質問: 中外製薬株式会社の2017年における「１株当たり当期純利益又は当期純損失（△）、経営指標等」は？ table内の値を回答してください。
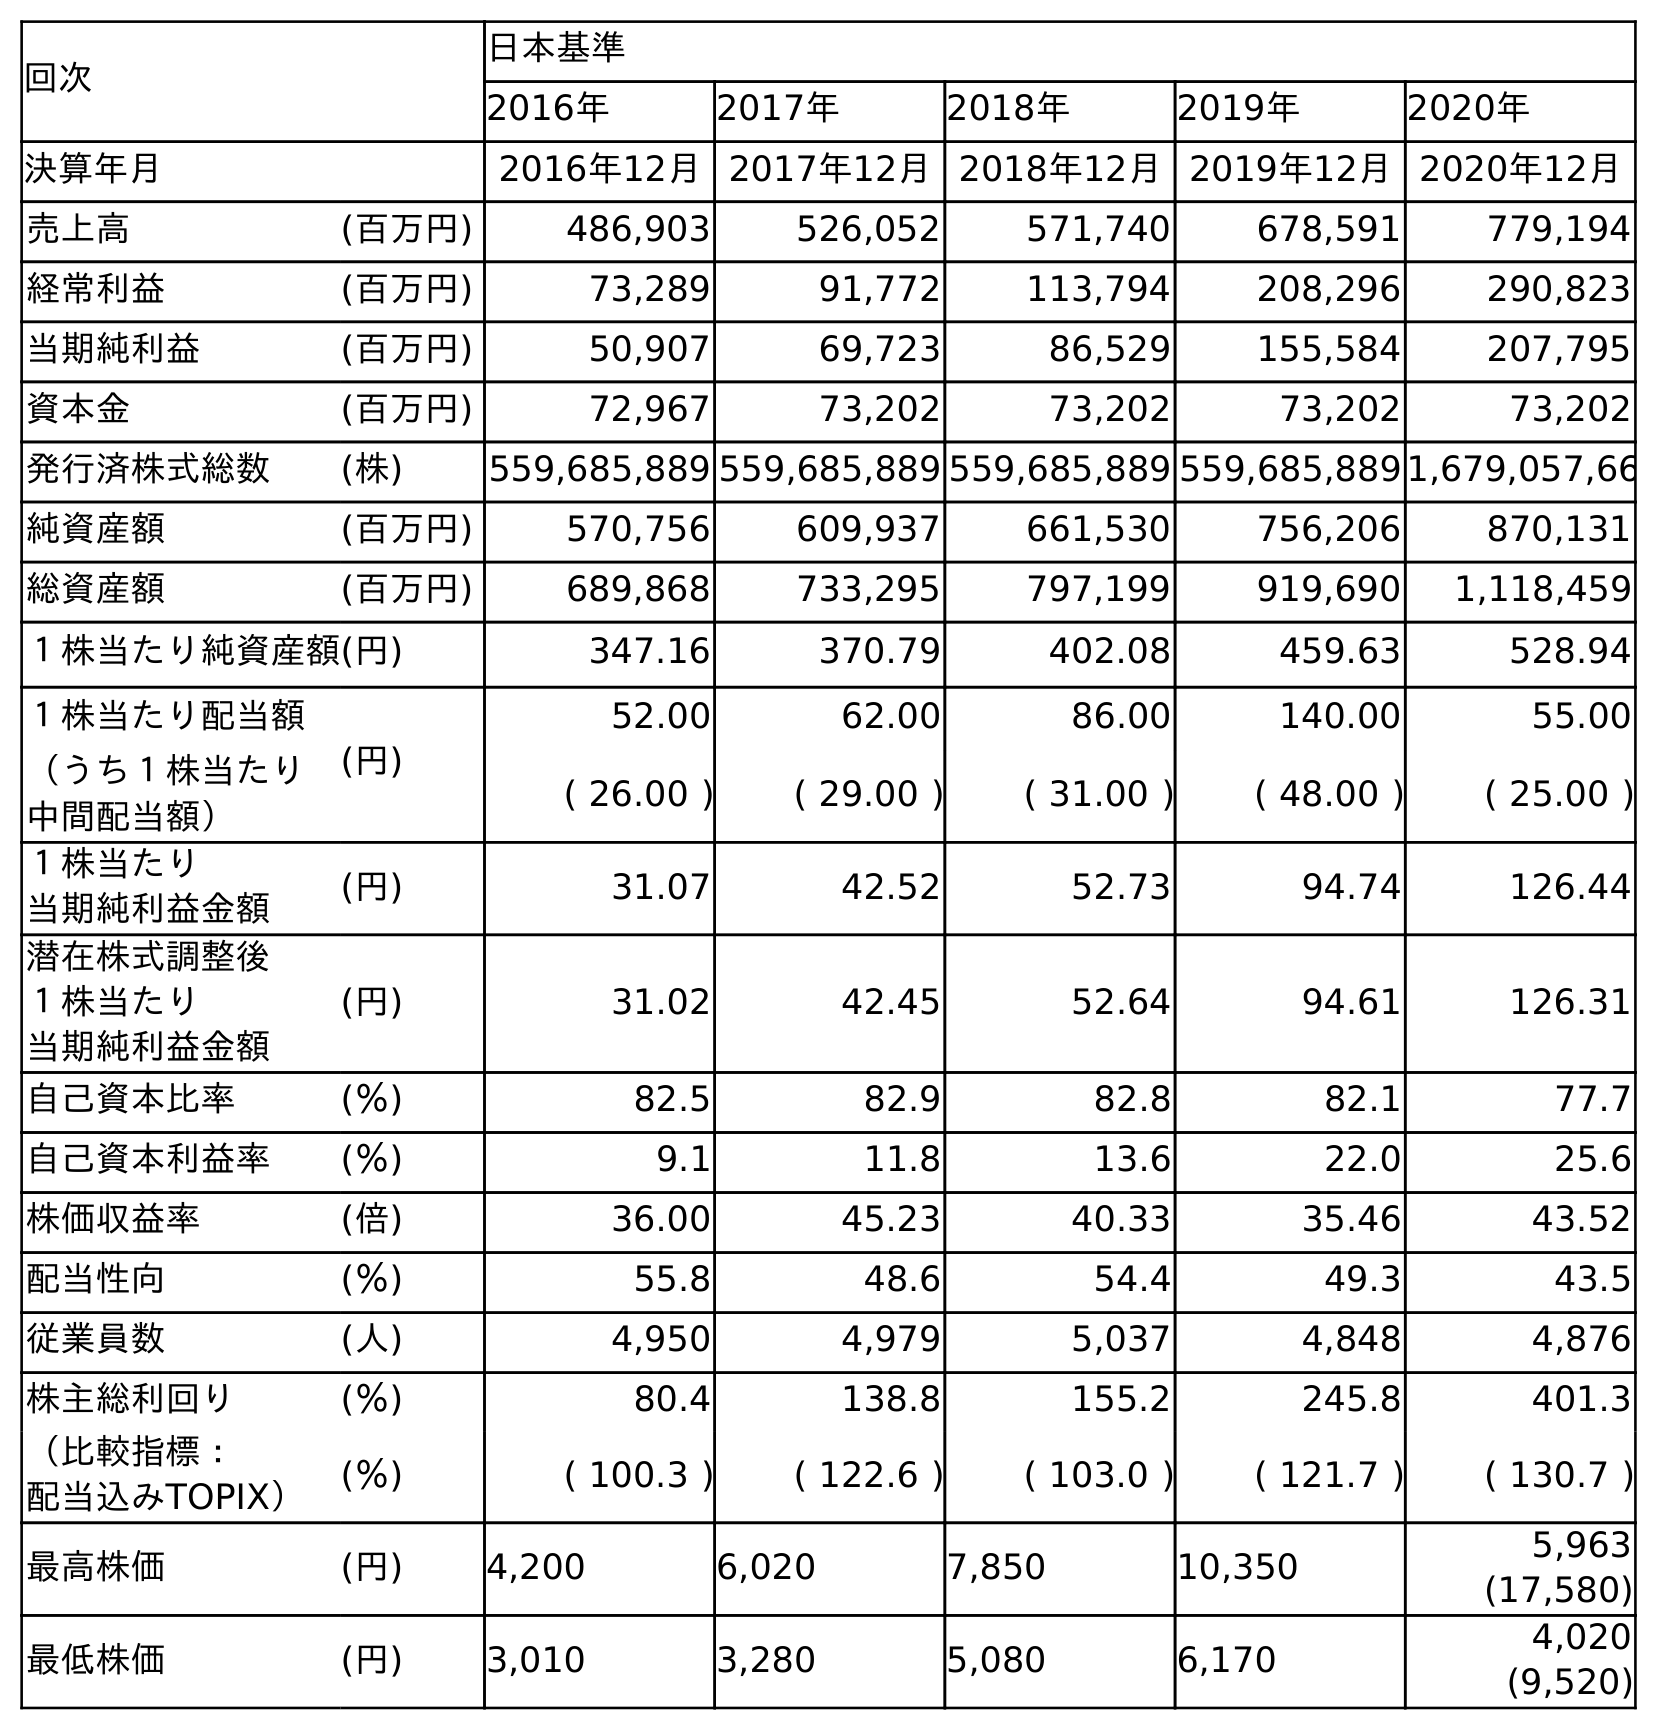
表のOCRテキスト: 回次 日本基準 2016年 2017年 2018年 2019年 2020年 決算年月 2016年12月2017年12月2018年12月2019年12月2020年12月 売上高 (百万円) 486,903 526,052 571,740 678,591 779,194 経常利益 (百万円) 73,289 91,772 113,794 208,296 290,823 当期純利益 (百万円) 50,907 69,723 86,529 155,584 207,795 資本金 (百万円) 72,967 73,202 73,202 73,202 73,202 発行済株式総数 (株) 559,685,889 559,685,889 559,685,889 559,685,8891,679,057,66 純資産額 (百万円) 570,756 609,937 661,530 756,206 870,131 総資産額 (百万円) 689,868 733,295 797,199 919,690 1,118,459 １株当たり純資産額(円) 347.16 370.79 402.08 459.63 528.94 １株当たり配当額 (円) 52.00 62.00 86.00 140.00 55.00 （うち１株当たり 中間配当額） ( 26.00 ) ( 29.00 ) ( 31.00 ) ( 48.00 ) ( 25.00 ) １株当たり 当期純利益金額 (円) 31.07 42.52 52.73 94.74 126.44 潜在株式調整後 １株当たり 当期純利益金額 (円) 31.02 42.45 52.64 94.61 126.31 自己資本比率 (％) 82.5 82.9 82.8 82.1 77.7 自己資本利益率 (％) 9.1 11.8 13.6 22.0 25.6 株価収益率 (倍) 36.00 45.23 40.33 35.46 43.52 配当性向 (％) 55.8 48.6 54.4 49.3 43.5 従業員数 (人) 4,950 4,979 5,037 4,848 4,876 株主総利回り (％) 80.4 138.8 155.2 245.8 401.3 （比較指標： 配当込みTOPIX） (％) ( 100.3 ) ( 122.6 ) ( 103.0 ) ( 121.7 ) ( 130.7 ) 最高株価 (円) 4,200 6,020 7,850 10,350 5,963 (17,580) 最低株価 (円) 3,010 3,280 5,080 6,170 4,020 (9,520)
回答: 42.52